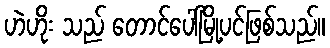
ဟဲဟိုး သည် တောင်ပေါ်မြို့ပင်ဖြစ်သည်။